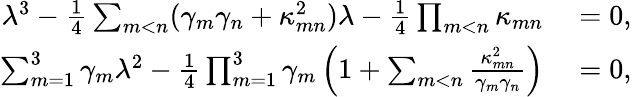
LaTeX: \begin{array}{rl}{\lambda^{3}-\frac{1}{4}\sum_{m<n}(\gamma_{m}\gamma_{n}+\kappa_{mn}^{2})\lambda-\frac{1}{4}\prod_{m<n}\kappa_{mn}}&{{}=0,}\\ {\sum_{m=1}^{3}\gamma_{m}\lambda^{2}-\frac{1}{4}\prod_{m=1}^{3}\gamma_{m}\left(1+\sum_{m<n}\frac{\kappa_{mn}^{2}}{\gamma_{m}\gamma_{n}}\right)}&{{}=0,}\end{array}